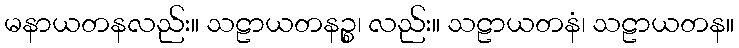
မနာယတနလည်း။ သဠာယတနဉ္စ၊ လည်း။ သဠာယတနံ၊ သဠာယတန။